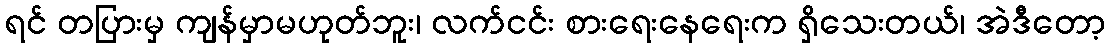
ရင် တပြားမှ ကျန်မှာမဟုတ်ဘူး၊ လက်ငင်း စားရေးနေရေးက ရှိသေးတယ်၊ အဲဒီတော့